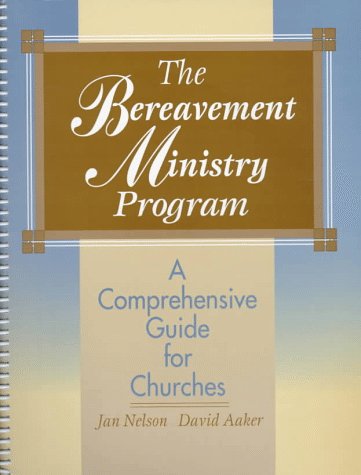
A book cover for The Bereavement Ministry Program: A Comprehensive Guide for Churches; Jan Nelson; Christian Books & Bibles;